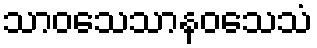
သာဝသေသာနဝသေသံ